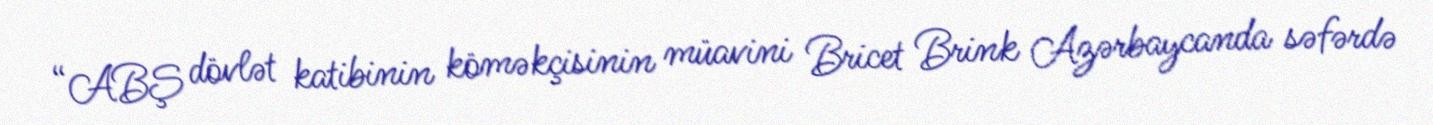
“ABŞ dövlət katibinin köməkçisinin müavini Bricet Brink Azərbaycanda səfərdə